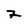
Character: F